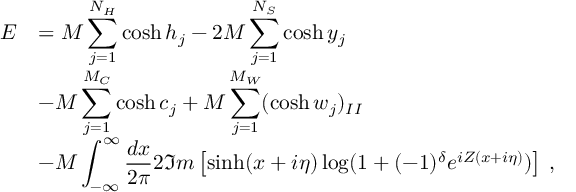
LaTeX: \begin{array} { r l } { { \displaystyle E } } & { { = { \cal M } \displaystyle \sum _ { j = 1 } ^ { N _ { H } } \cosh h _ { j } - 2 { \cal M } \displaystyle \sum _ { j = 1 } ^ { N _ { S } } \cosh y _ { j } } } \\ { { } } & { { - { \cal M } \displaystyle \sum _ { j = 1 } ^ { M _ { C } } \cosh c _ { j } + { \cal M } \displaystyle \sum _ { j = 1 } ^ { M _ { W } } ( \cosh w _ { j } ) _ { I I } } } \\ { { } } & { { - { \cal M } \displaystyle \int _ { - \infty } ^ { \infty } \displaystyle \frac { d x } { 2 \pi } 2 \Im m \left[ \sinh ( x + i \eta ) \log ( 1 + ( - 1 ) ^ { \delta } e ^ { i Z ( x + i \eta ) } ) \right] \: , } } \end{array}